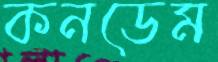
কনডেম